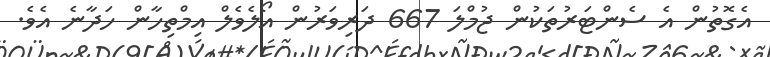
އެގޮތުން އެ ސެންޓަރުތަކުން ޖުމްލަ 667 ދަރިވަރުން އޯލެވެލް އިމްތިހާން ހަދާނެ އެވެ.